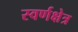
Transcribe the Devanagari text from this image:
स्वर्णक्षेत्र